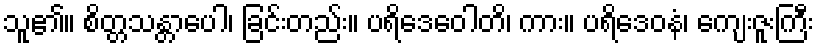
သူ၏။ စိတ္တသန္တာပေါ၊ ခြင်းတည်း။ ပရိဒေဝေါတိ၊ ကား။ ပရိဒေဝနံ၊ ကျေးဇူးကြီး